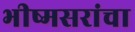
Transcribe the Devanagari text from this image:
भीष्मसरांचा